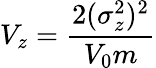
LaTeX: V_{z}=\frac{2(\sigma_{z}^{2})^{2}}{V_{0}m}